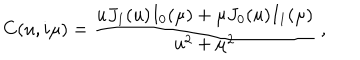
C ( u , i \mu ) = \frac { u J _ { 1 } ( u ) I _ { 0 } ( \mu ) + \mu J _ { 0 } ( u ) I _ { 1 } ( \mu ) } { u ^ { 2 } + \mu ^ { 2 } } \: ,